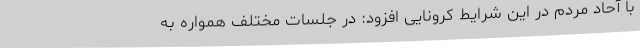
با آحاد مردم در این شرایط کرونایی افزود: در جلسات مختلف همواره به